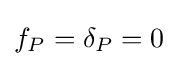
f_{P}=\delta _{P}=0